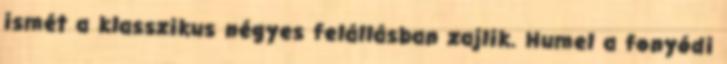
ismét a klasszikus négyes felállásban zajlik. Humel a fonyódi